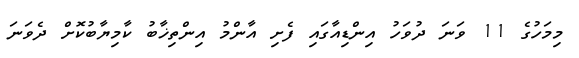
މިމަހުގެ 11 ވަނަ ދުވަހު އިންޑިއާގައި ފެށި އާންމު އިންތިޚާބު ކާމިޔާބުކޮށް ދެވަނަ